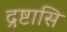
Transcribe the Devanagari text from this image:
द्रष्टासि